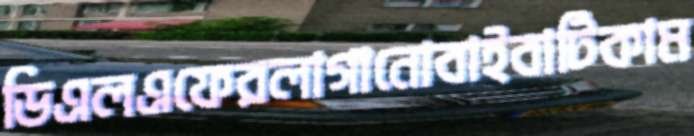
ডিএলএফেরলাগানোবাইবাটিকাম